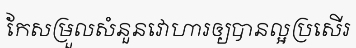
កែសម្រួលសំនួនវោហារឲ្យបានល្អប្រសើរ